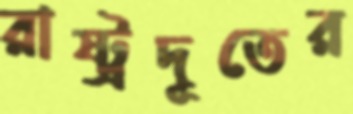
রাষ্ট্রদূতের